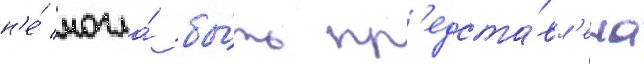
н'е́ могла́ бы́ть пр'едста́вл'ена